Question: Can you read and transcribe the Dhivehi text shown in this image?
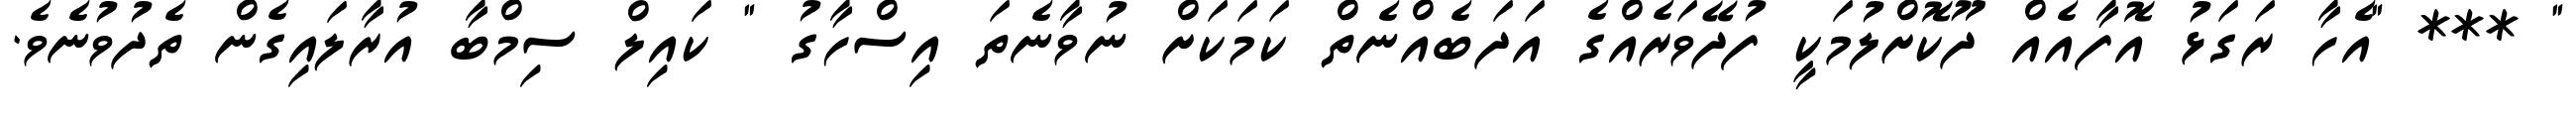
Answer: " *** "އެހާ ރަގަޅު އޮފާއެއް ދޫކޮށްލުމަކީ ފުދޭވަރެއްގެ އަދަބެއްނެތް ކަމަކަށް ނުވާނެތަ އިސްހާގު " ކައިލް ސިމްބާ އުރާލައިގެން ތެދުވުނެވެ.